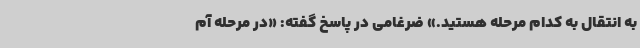
به انتقال به کدام مرحله هستید.» ضرغامی در پاسخ گفته: «در مرحله آم